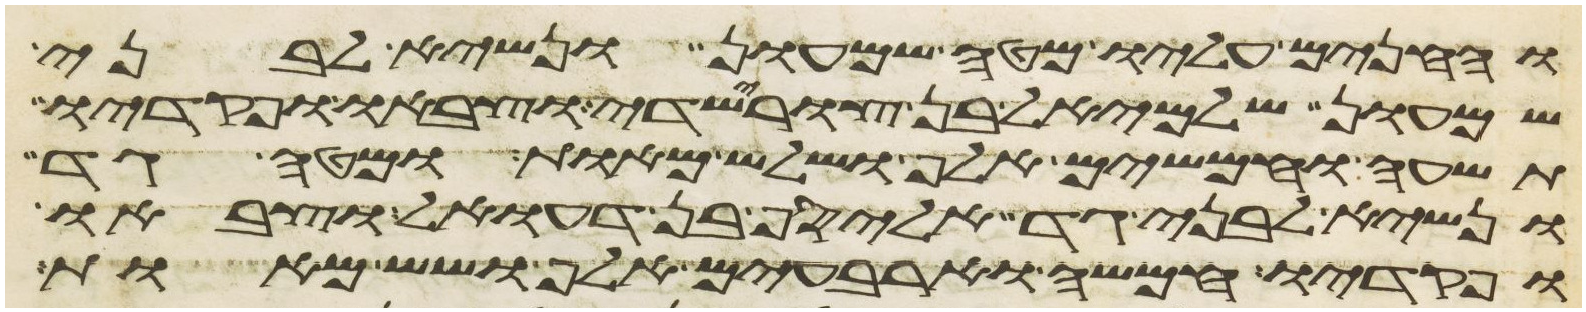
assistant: והחנים עליו מטה שמעון ונשיא לבני
שמעון שלמיאל בן צורישדי וצבאו ופקדיו
תשעה וחמשים אלף ושלש מאות ומטה גד
ונשיא לבני גד אליסף בן דעואל וצבאו
ופקדיו חמשה וארבעים אלף ושש מאות